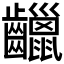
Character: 𪙷